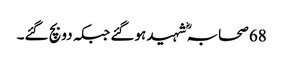
68 صحابہؓ شہید ہوگئے جبکہ دو بچ گئے۔